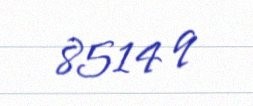
8514 q